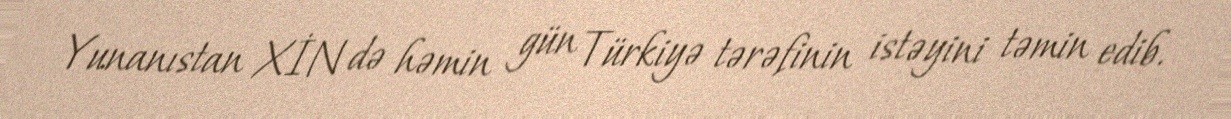
Yunanıstan XİN də həmin gün Türkiyə tərəfinin istəyini təmin edib.